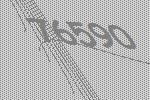
76590